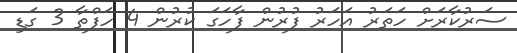
ސަރުކާރަށް ހަތަރު އަހަރު ފުރުން ފާހަގަ ކުރުން 4 ހަފްތާ 3 ގަޑި